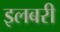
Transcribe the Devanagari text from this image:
इलबरी